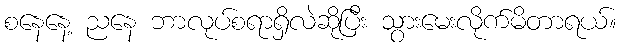
စနေနေ့ ညနေ ဘာလုပ်စရာရှိလဲဆိုပြီး သွားမေးလိုက်မိတာရယ်။